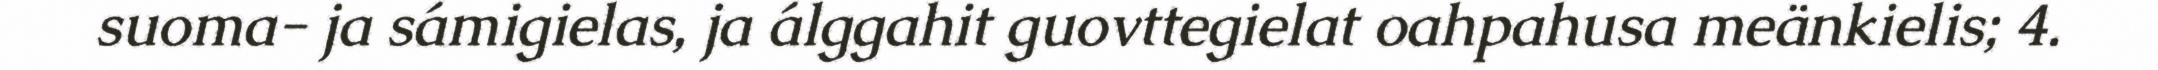
suoma- ja sámigielas, ja álggahit guovttegielat oahpahusa meänkielis; 4.